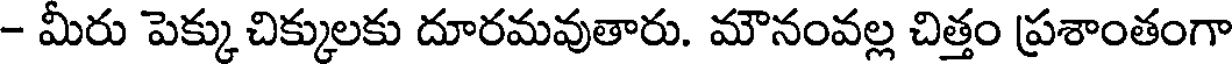
- మీరు పెక్కు చిక్కులకు దూరమవుతారు. మౌనంవల్ల చిత్తం ప్రశాంతంగా